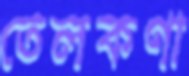
তেলকণা